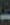
-